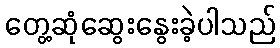
တွေ့ဆုံဆွေးနွေးခဲ့ပါသည်